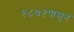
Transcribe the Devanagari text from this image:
१८७१पासून